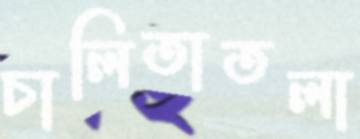
চালিতাতলা